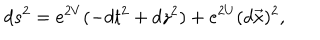
LaTeX: d s ^ { 2 } = e ^ { 2 V } ( - d t ^ { 2 } + d z ^ { 2 } ) + e ^ { 2 U } ( d \vec { x } ) ^ { 2 } ,